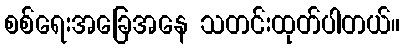
စစ်ရေးအခြေအနေ သတင်းထုတ်ပါတယ်။